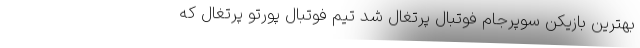
بهترین بازیکن سوپرجام فوتبال پرتغال شد تیم فوتبال پورتو پرتغال که